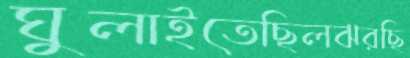
ঘুলাইতেছিলঝরছি